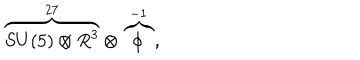
\overbrace { S U ( 5 ) \otimes R ^ { 3 } } ^ { 2 7 } \otimes \overbrace { \phi } ^ { - 1 } ,